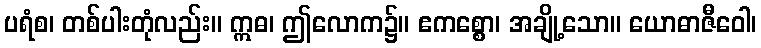
ပရံစ၊ တစ်ပါးတုံလည်း။ ဣဓ၊ ဤလောက၌။ ဧကစ္စော၊ အချို့သော။ ယောဓာဇီဝေါ၊